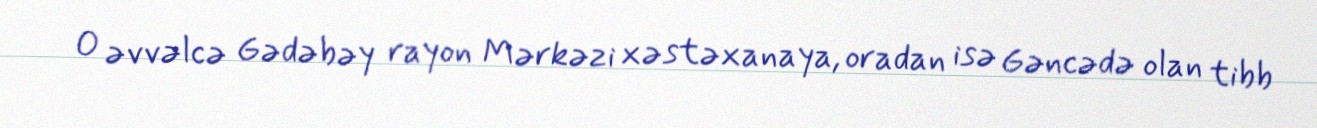
O əvvəlcə Gədəbəy rayon Mərkəzi xəstəxanaya, oradan isə Gəncədə olan tibb